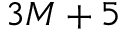
3 M + 5